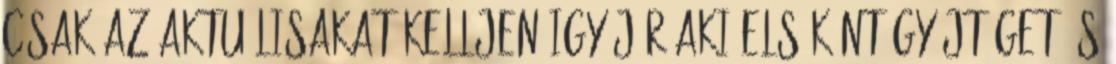
csak az aktuálisakat kelljen.Igy jár aki elsőként gyűjtöget és